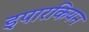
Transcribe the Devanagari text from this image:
इपारकियन